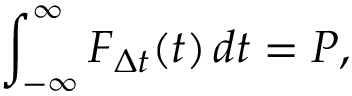
\int _ { - \infty } ^ { \infty } F _ { \Delta t } ( t ) \, d t = P ,